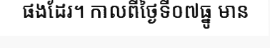
ផងដែរ។ កាលពីថ្ងៃទី០៧ធ្នូ មាន